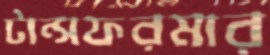
টান্সফরমার